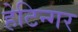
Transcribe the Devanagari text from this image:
हेटिन्गर